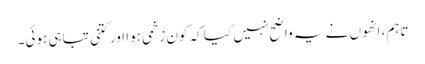
تاہم، انھوں نے یہ واضح نہیں کیا کہ کون زخمی ہوا اور کتنی تباہی ہوئی۔